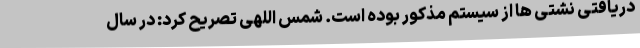
دریافتی نشتی ها از سیستم مذکور بوده است. شمس اللهی تصریح کرد: در سال